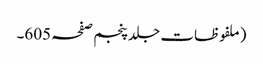
(ملفوظات جلد پنجم صفحہ 605۔